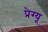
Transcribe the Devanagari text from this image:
प्रेग्यू